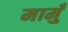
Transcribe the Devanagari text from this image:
मामुँ